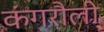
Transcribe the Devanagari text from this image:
कंगरौली